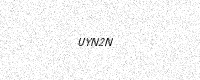
Text: UYN2N